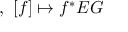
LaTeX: , \, \, [ f ] \mapsto f ^ { * } E G